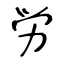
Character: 労